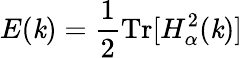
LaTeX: E(\mathit{k})=\frac{{1}}{{2}}\mathrm{{Tr}}[H_{\alpha}^{2}(\mathit{k})]